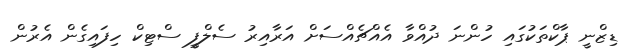
ޑިޒްނީ ޕާކްތަކުގައި ހުންނަ ދުއްވާ އެއްޗެއްސަށް އަރާއިރު ސެލްފީ ސްޓިކް ހިފައިގެން އެރުން